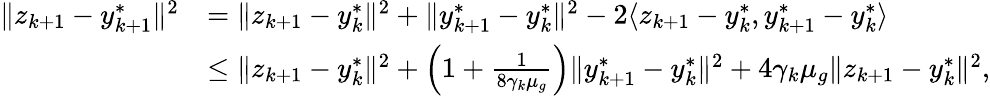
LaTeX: \begin{array}{rl}{\| z_{k+1}-y_{k+1}^{*}\| ^{2}}&{=\| z_{k+1}-y_{k}^{*}\| ^{2}+\| y_{k+1}^{*}-y_{k}^{*}\| ^{2}-2\langle z_{k+1}-y_{k}^{*},y_{k+1}^{*}-y_{k}^{*}\rangle}\\ &{\le\| z_{k+1}-y_{k}^{*}\| ^{2}+\left(1+\frac{1}{8\gamma_{k}\mu_{g}}\right)\| y_{k+1}^{*}-y_{k}^{*}\| ^{2}+4\gamma_{k}\mu_{g}\| z_{k+1}-y_{k}^{*}\| ^{2},}\end{array}